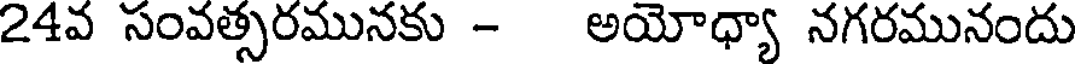
24వ సంవత్సరమునకు - అయోధ్యా నగరమునందు